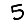
Digit: 5